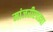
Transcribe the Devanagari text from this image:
मांजरीएवढ्या